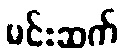
မင်းဆက်